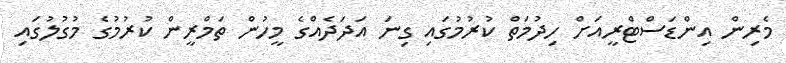
މެރިން އިންޑަސްޓްރީއަށް ހިދުމަތް ކުރުމުގައި ގިނަ އަދަދެއްގެ މީހުން ތަމްރީން ކުރުމުގެ މުގުލުގައި